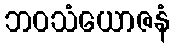
ဘဝသံယောဇနံ